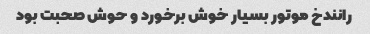
رانندخ موتور بسیار خوش برخورد و حوش صحبت بود